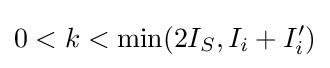
0<k<{\textrm {min}}(2I_{S},I_{i}+I'_{i})